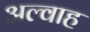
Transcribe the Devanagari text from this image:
अल्वाह